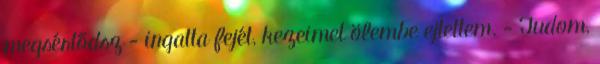
megsértődsz - ingatta fejét, kezeimet ölembe ejtettem. - Tudom,